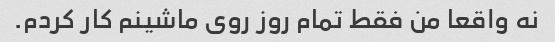
نه واقعا من فقط تمام روز روی ماشینم کار کردم.